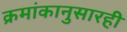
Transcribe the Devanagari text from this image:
क्रमांकानुसारही